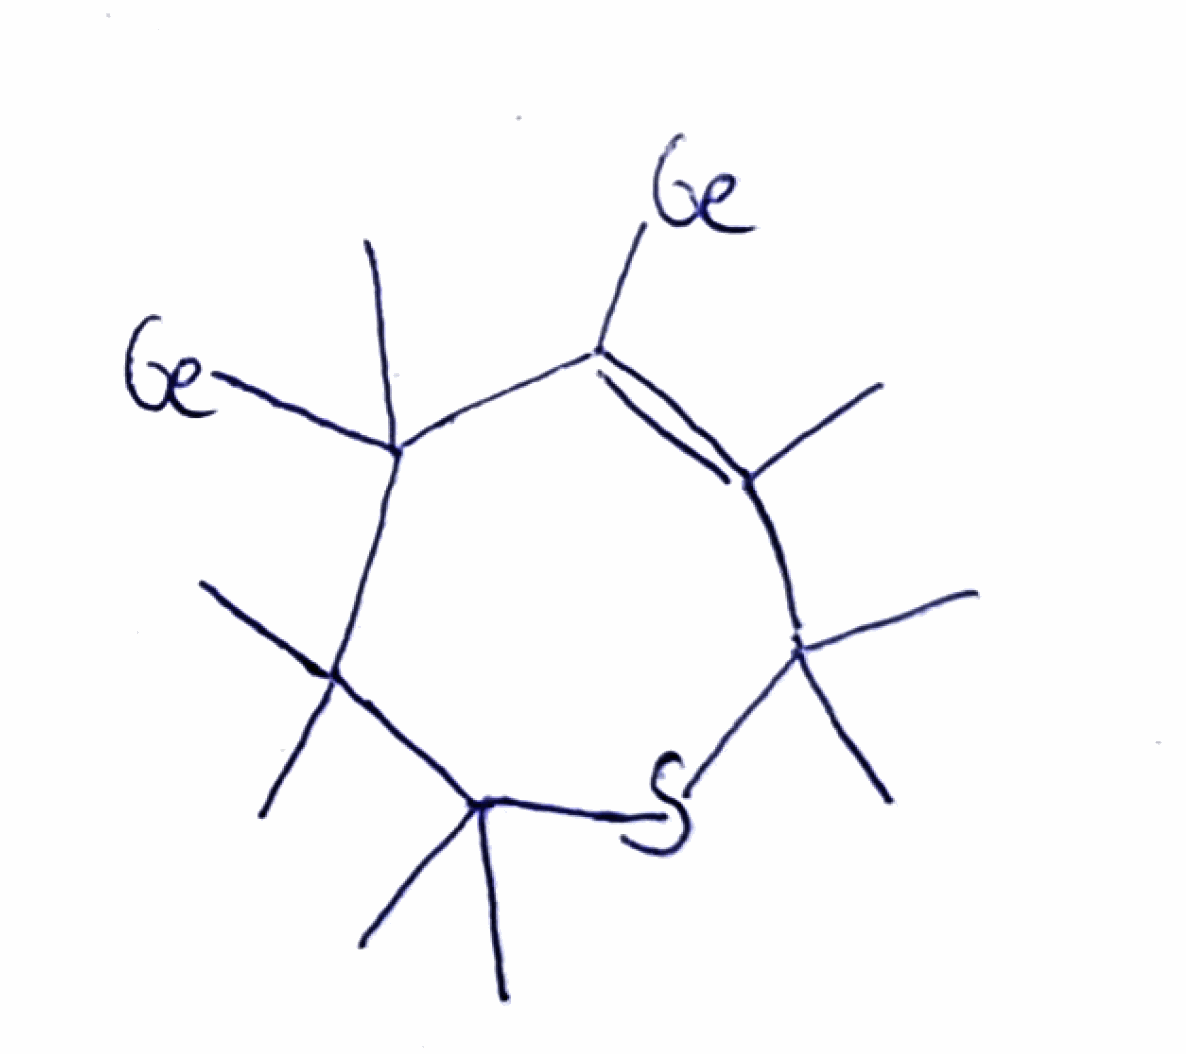
Simplified molecular-input line-entry system (SMILES) notation of the given molecule:
CC1=C(C(C(C(SC1(C)C)(C)C)(C)C)(C)[Ge])[Ge]